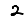
Digit: 2